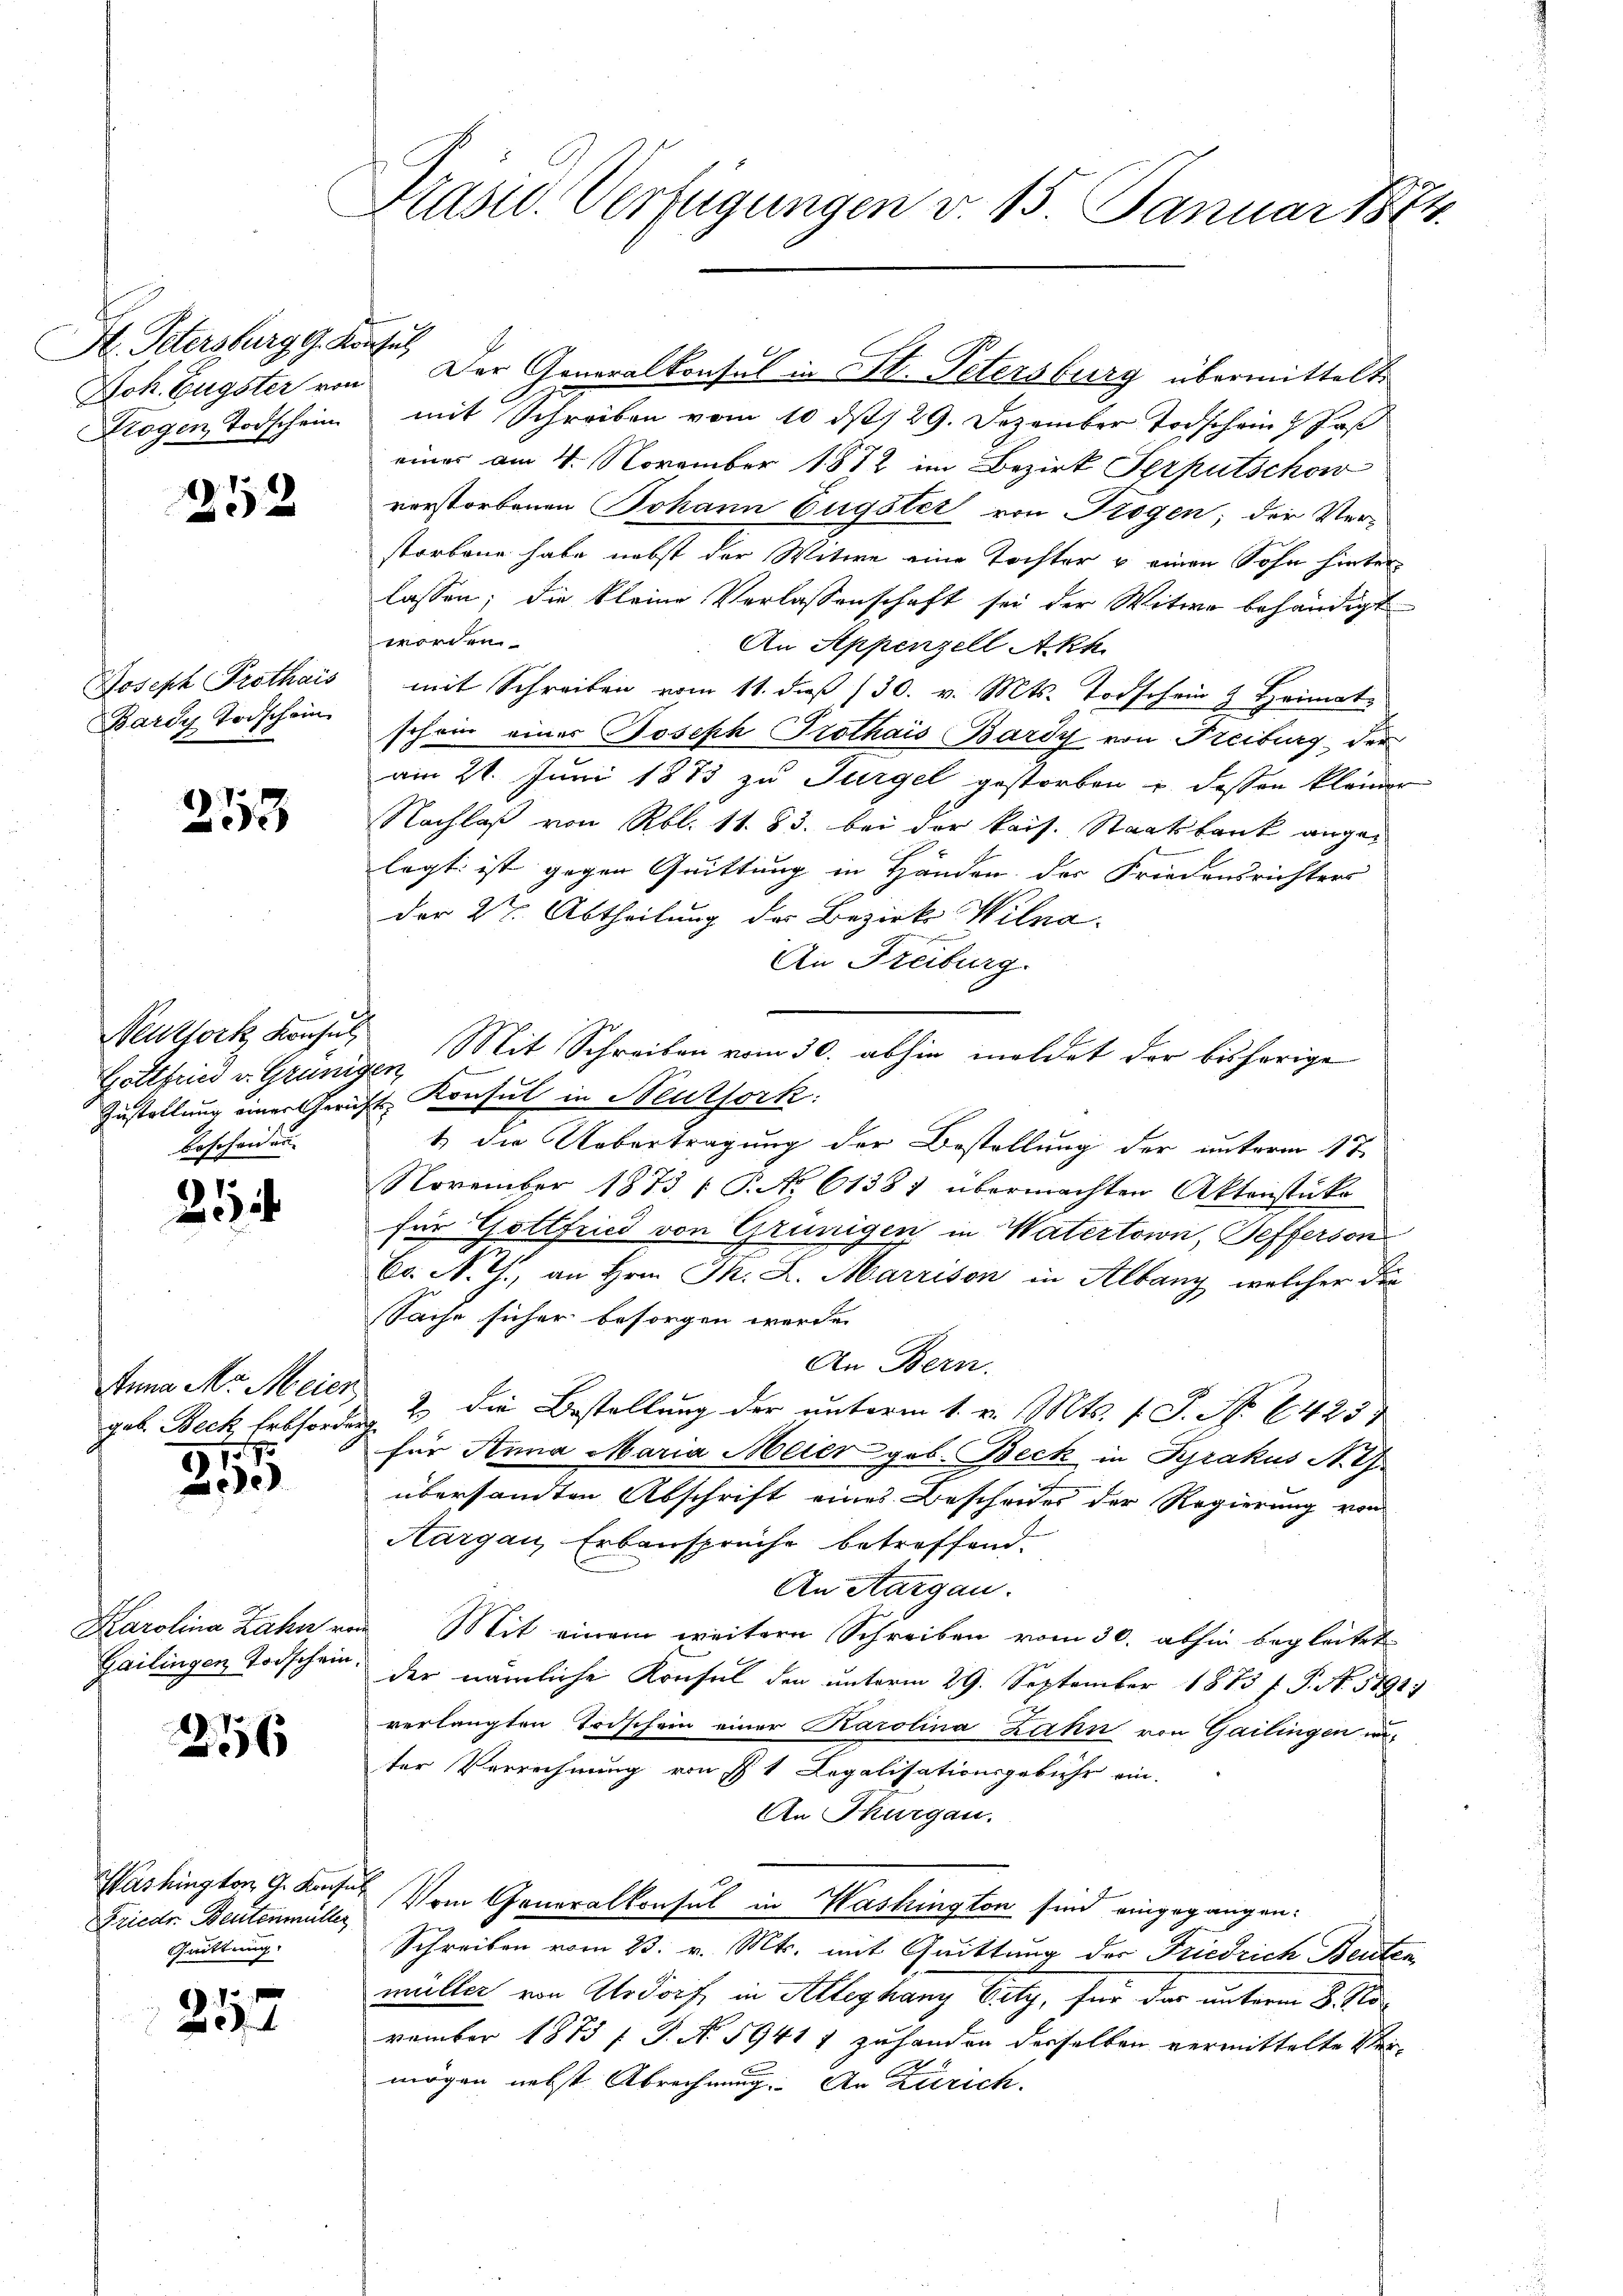
St. Petersburg g. Konsul,
Logen Todschein

252

Joseph Prothais
Bardy Todschein

253

Mitfork Konsul
Gottfried v. Grünigen
Bescheiden

1

Anna Mr. Meier
gab Beck Erbforden
1917.

Lehe

Karolina Zahn vo
Gailingen Torschein.

256

Friedr. Beutenmüller
Quittung

1

Prasis. Verfügungen v. 15. Januar 1874.

Jok. Eugster von Der Generalkonsul in St. Petersburg übermittelte
mit Schreiben vom 10 ds 129. Dezember Todschein Jas
einer am 4. November 1872 im Bezirk Serputschow
verstorbenen Johann Eugster von Trogen; der Verstorbene habe nebst der Witwe eine Tochter & einen Sohn hinter
lassen; die kleine Verlassenschaft sei der Witwe behändigt
worden.
An Appenzell Akk
mit Schreiben vom 11. daß 130. v. Mts. Todschein & Heimat
schein einer Joseph Prothais Bardy von Freiburg, der
am 21. Juni 1873 zu Turgel gestorben u. dessen kleiner
Nachlaß von Rbl. 11. 83. bei der kais. Staatsbank angelagt ist gegen Quittung in Händen der Friedensrichters
der 27. Abtheilung der Bezirk Wilna
An Freiburg.
Mit Schreiben vom 30. abhin meldet der bisherige
Zustellung einer Gericht Konsul in Neuthork:
1 die Uebertragung der Bestellung der unterm 17.
November 1873 ( P. No 61387 übermachten Aktenstüke
für Gottfried von Grünigen in Vatertown, Sefferson
Co. N. Z., an Hrn. Th. L. Marrison in Albany, welcher der
Sache sicher besorgen werde.
An Bern.
2 die Bestellung der unterm 1. v. Mts. f. S. Nr. 425
für Anna Maria Meier geb. Beck in Pyrakus A. G.
übersandten Abschrift eines Bescheides der Regierung von
Aargau, Erbansprüche betreffend.
An Aargau.
Mit einem weitere Schreiben vom 30. abhin begleitet
der nämliche Konsul den unterm 29. September 1873 f. P. Nr. 1891
verlangten Todschein einer Karolina Zahn von Gailingen in
ter Verrechnung von I 1 Legalisationsgebühr ein.
An Thurgau.
Washington G. Konsul vom Generalkonsul in Washington sind eingegangen:
Schreiben vom 23. v. Mts. mit Quittung der Friedrich Beisten
müller von Urdorf, in Alleghany Vity, für das unterm 8. November 1873 f. S. N. 59417 zuhanden derselben vermittelte Vermögen nebst Abrechnung. An Zürich.